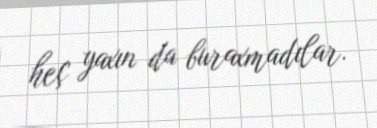
heç yaxın da buraxmadılar.